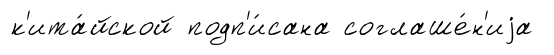
к'ита́йской подп'и́сана соглаше́н'иjа